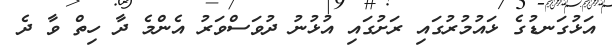
އަޅުގަނޑުގެ ޅައުމުރުގައި ރަށުގައި އުޅުނު ދުވަސްވަރު އެންމެ ދާ ހިތް ވާ ދެ